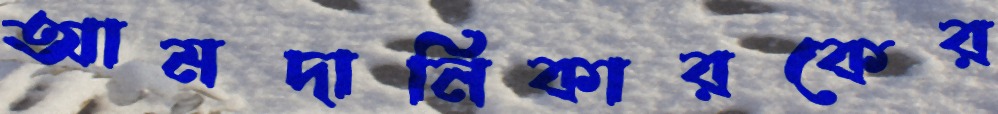
আমদানিকারকের